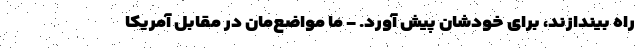
راه بیندازند، برای خودشان پیش آورد. - ما مواضع‌مان در مقابل آمریکا